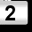
Digit: 2